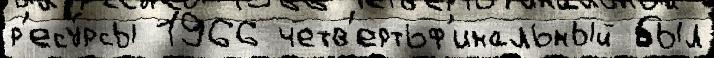
р'есу́рсы 1966 четв'ертьф'инальный был